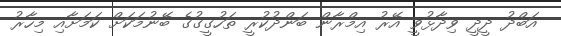
އަބްދު ދީދީ ވިދާޅުވީ އޭރު އިމްރާން ބަންދުކުރީ ތަހުގީގުގެ ބޭނުމަކަށް ކަމަށާއި މިހާރު